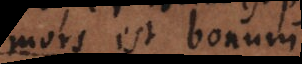
mors est bonum.